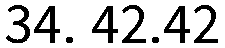
34. 42.42